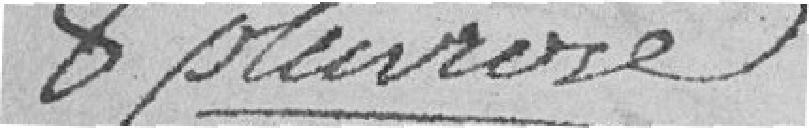
8 pluviôse